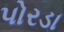
પોરડા